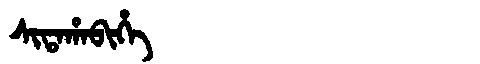
Manchu: ᠰᡳᡨᠠᡥᠠᠪᡳᡥᡝ
Romanization: SITAHABIHE